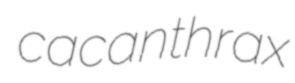
cacanthrax